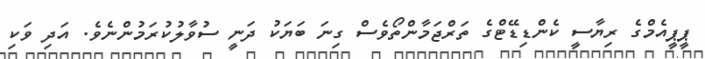
ޕީޕީއެމްގެ ރިޔާސީ ކެންޑިޑޭޓްގެ ތަރްޖަމާންތޯވެސް ގިނަ ބަޔަކު ދަނީ ސުވާލުކުރަމުންނެވެ. އަދި ވަކި